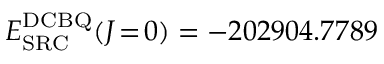
E _ { \mathrm { S R C } } ^ { \mathrm { D C B Q } } ( J \! = \! 0 ) = - 2 0 2 9 0 4 . 7 7 8 9